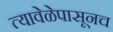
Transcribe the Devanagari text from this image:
त्यावेळेपासूनच